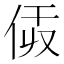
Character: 𠈯